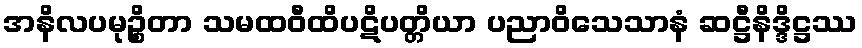
အနိလပမုဉ္စိတာ သမထဝီထိပဋိပတ္တိယာ ပညာဝိသေသာနံ ဆဋ္ဌီနိဒ္ဒိဋ္ဌဿ